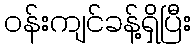
ဝန်းကျင်ခန့်ရှိပြီး